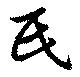
民